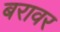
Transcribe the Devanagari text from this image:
बरावर